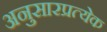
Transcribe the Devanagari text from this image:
अनुसारप्रत्येक